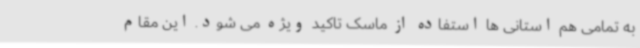
به تمامی هم استانی ها استفاده از ماسک تاکید ویژه می شود. این مقام